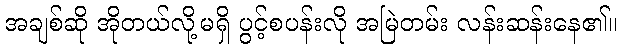
အချစ်ဆို အိုတယ်လို့မရှိ ပွင့်စပန်းလို အမြဲတမ်း လန်းဆန်းနေ၏။